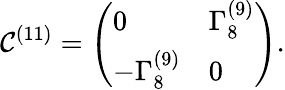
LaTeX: \mathcal{C}^{(11)}=\left(\begin{array}{ll}{{0}}&{{\Gamma_{8}^{(9)}}}\\ {{-\Gamma_{8}^{(9)}}}&{{0}}\end{array}\right).